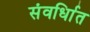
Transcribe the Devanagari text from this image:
संवर्धिात